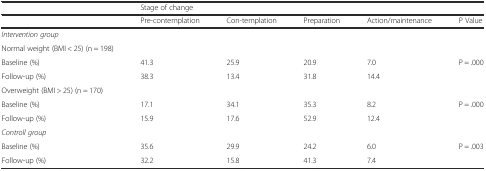
<table><thead><tr><td></td><td colspan="5"><b>Stage of change</b></td></tr><tr><td></td><td><b>Pre-contemplation</b></td><td><b>Con-templation</b></td><td><b>Preparation</b></td><td><b>Action/maintenance</b></td><td><b>P Value</b></td></tr></thead><tbody><tr><td><i>Intervention group</i></td><td></td><td></td><td></td><td></td><td></td></tr><tr><td>Normal weight (BMI &lt; 25) (n = 198)</td><td></td><td></td><td></td><td></td><td></td></tr><tr><td>Baseline (%)</td><td>41.3</td><td>25.9</td><td>20.9</td><td>7.0</td><td rowspan="2">P = .000</td></tr><tr><td>Follow-up (%)</td><td>38.3</td><td>13.4</td><td>31.8</td><td>14.4</td></tr><tr><td>Overweight (BMI &gt; 25) (n = 170)</td><td></td><td></td><td></td><td></td><td></td></tr><tr><td>Baseline (%)</td><td>17.1</td><td>34.1</td><td>35.3</td><td>8.2</td><td rowspan="2">P = .000</td></tr><tr><td>Follow-up (%)</td><td>15.9</td><td>17.6</td><td>52.9</td><td>12.4</td></tr><tr><td><i>Controll group</i></td><td></td><td></td><td></td><td></td><td></td></tr><tr><td>Baseline (%)</td><td>35.6</td><td>29.9</td><td>24.2</td><td>6.0</td><td rowspan="2">P = .003</td></tr><tr><td>Follow-up (%)</td><td>32.2</td><td>15.8</td><td>41.3</td><td>7.4</td></tr></tbody></table>